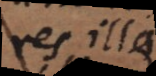
re illa